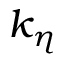
k _ { \eta }